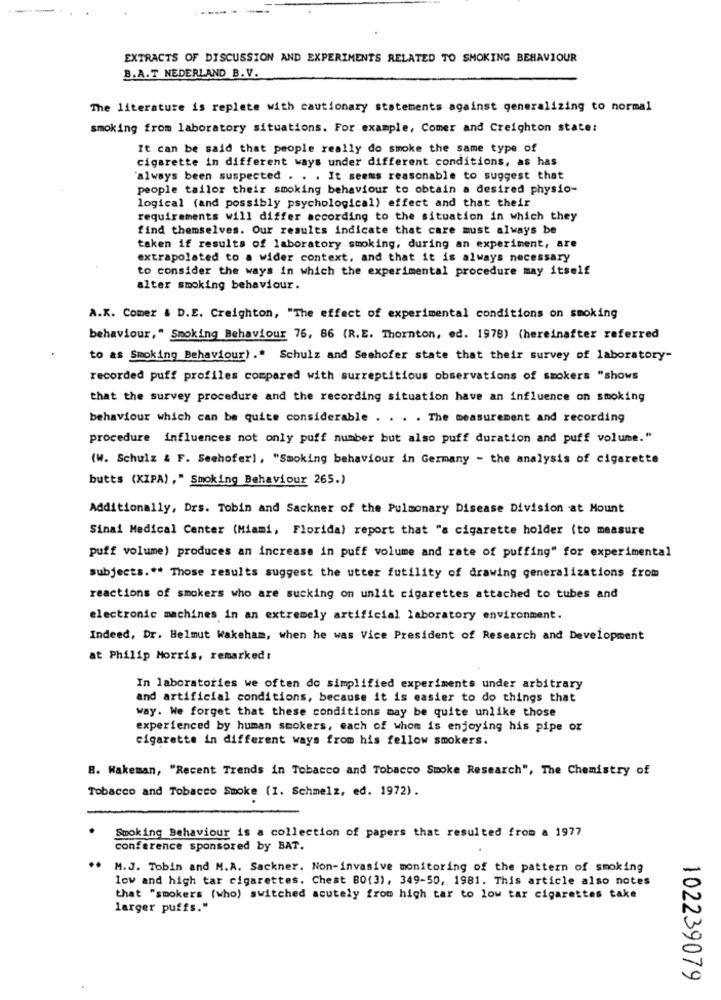
EXTRACTS OF DISCUSSION AND EXPERIMENTS RELATED TO SMOKING BEHAVIOUR
B.A.T NEDERLAND B. V.
The literature is replete with cautionary statements against generalizing to normal
smoking from laboratory situations. For example, Comer and Creighton state:
It can be said that people really do smoke the same type of
cigarette in different ways under different conditions, as has
always been suspected . . . It seems reasonable to suggest that
people tailor their smoking behaviour to obtain a desired physio-
logical (and possibly psychological) effect and that their
requirements will differ according to the situation in which they
find themselves. Our results indicate that care must always be
taken if results of laboratory smoking, during an experiment, are
extrapolated to a wider context, and that it is always necessary
to consider the ways in which the experimental procedure may itself
alter smoking behaviour.
A.K. Comer & D.E. Creighton, "The effect of experimental conditions on smoking
behaviour," Smoking Behaviour 76, 86 (R.E. Thornton, ed. 1978) (hereinafter referred
to as Smoking Behaviour)." Schulz and Seehofer state that their survey of laboratory-
recorded puff profiles compared with surreptitious observations of smokers "shows
that the survey procedure and the recording situation have an influence on smoking
behaviour which can be quite considerable . . . . The measurement and recording
procedure influences not only puff number but also puff duration and puff volume."
(W. Schulz & F. Seehofer], "Smoking behaviour in Germany - the analysis of cigarette
butts (KIPA) ," Smoking Behaviour 265.)
Additionally, Drs. Tobin and Sackner of the Pulmonary Disease Division at Mount
Sinai Medical Center (Miami, Florida) report that "s cigarette holder (to measure
puff volume) produces an increase in puff volume and rate of puffing" for experimental
subjects .** Those results suggest the utter futility of drawing generalizations from
reactions of smokers who are sucking on unlit cigarettes attached to tubes and
electronic machines in an extremely artificial laboratory environment.
Indeed, Dr. Helmut Wakeham, when he was Vice President of Research and Development
at Philip Morris, remarked:
In laboratories we often do simplified experiments under arbitrary
and artificial conditions, because it is easier to do things that
way. We forget that these conditions may be quite unlike those
experienced by human smokers, each of whom is enjoying his pipe or
cigarette in different ways from his fellow smokers.
B. Wakeman, "Recent Trends in Tobacco and Tobacco Smoke Research", The Chemistry of
Tobacco and Tobacco Smoke (I. Schmelz, ed. 1972).
Smoking Behaviour is a collection of papers that resulted from a 1977
conference sponsored by BAT.
..
M.J. Tobin and M.A. Sackner. Non-invasive monitoring of the pattern of smoking
low and high tar cigarettes, Chest 80(3), 349-50, 1981. This article also notes
that "smokers (who) switched acutely from high tar to low tar cigarettes take
larger puffs."
102239079